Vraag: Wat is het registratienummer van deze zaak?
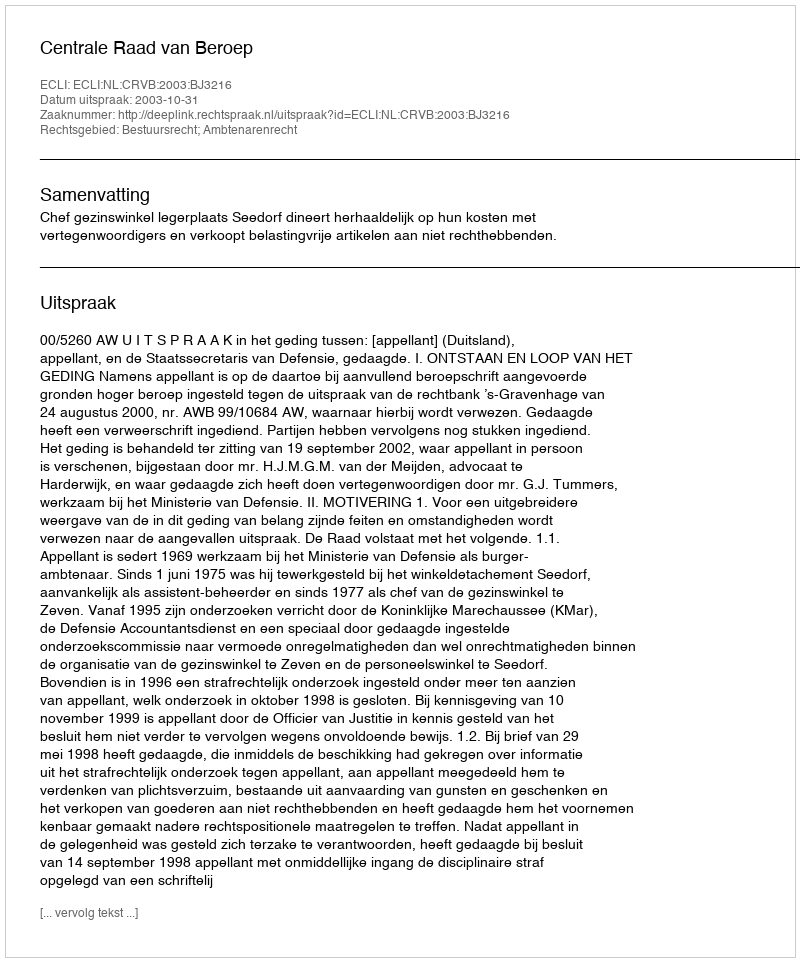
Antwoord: http://deeplink.rechtspraak.nl/uitspraak?id=ECLI:NL:CRVB:2003:BJ3216